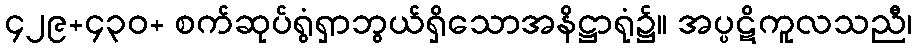
၄၂၉+၄၃၀+ စက်ဆုပ်ရွံရှာဘွယ်ရှိသောအနိဋ္ဌာရုံ၌။ အပ္ပဋိကူလသညီ၊